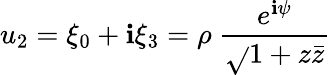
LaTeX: u_{2}=\xi_{0}+\mathbf{i}\xi_{3}=\rho~\frac{{e^{\mathbf{i}\psi}}}{{\sqrt{}{{1+z\bar{{z}}}}}}